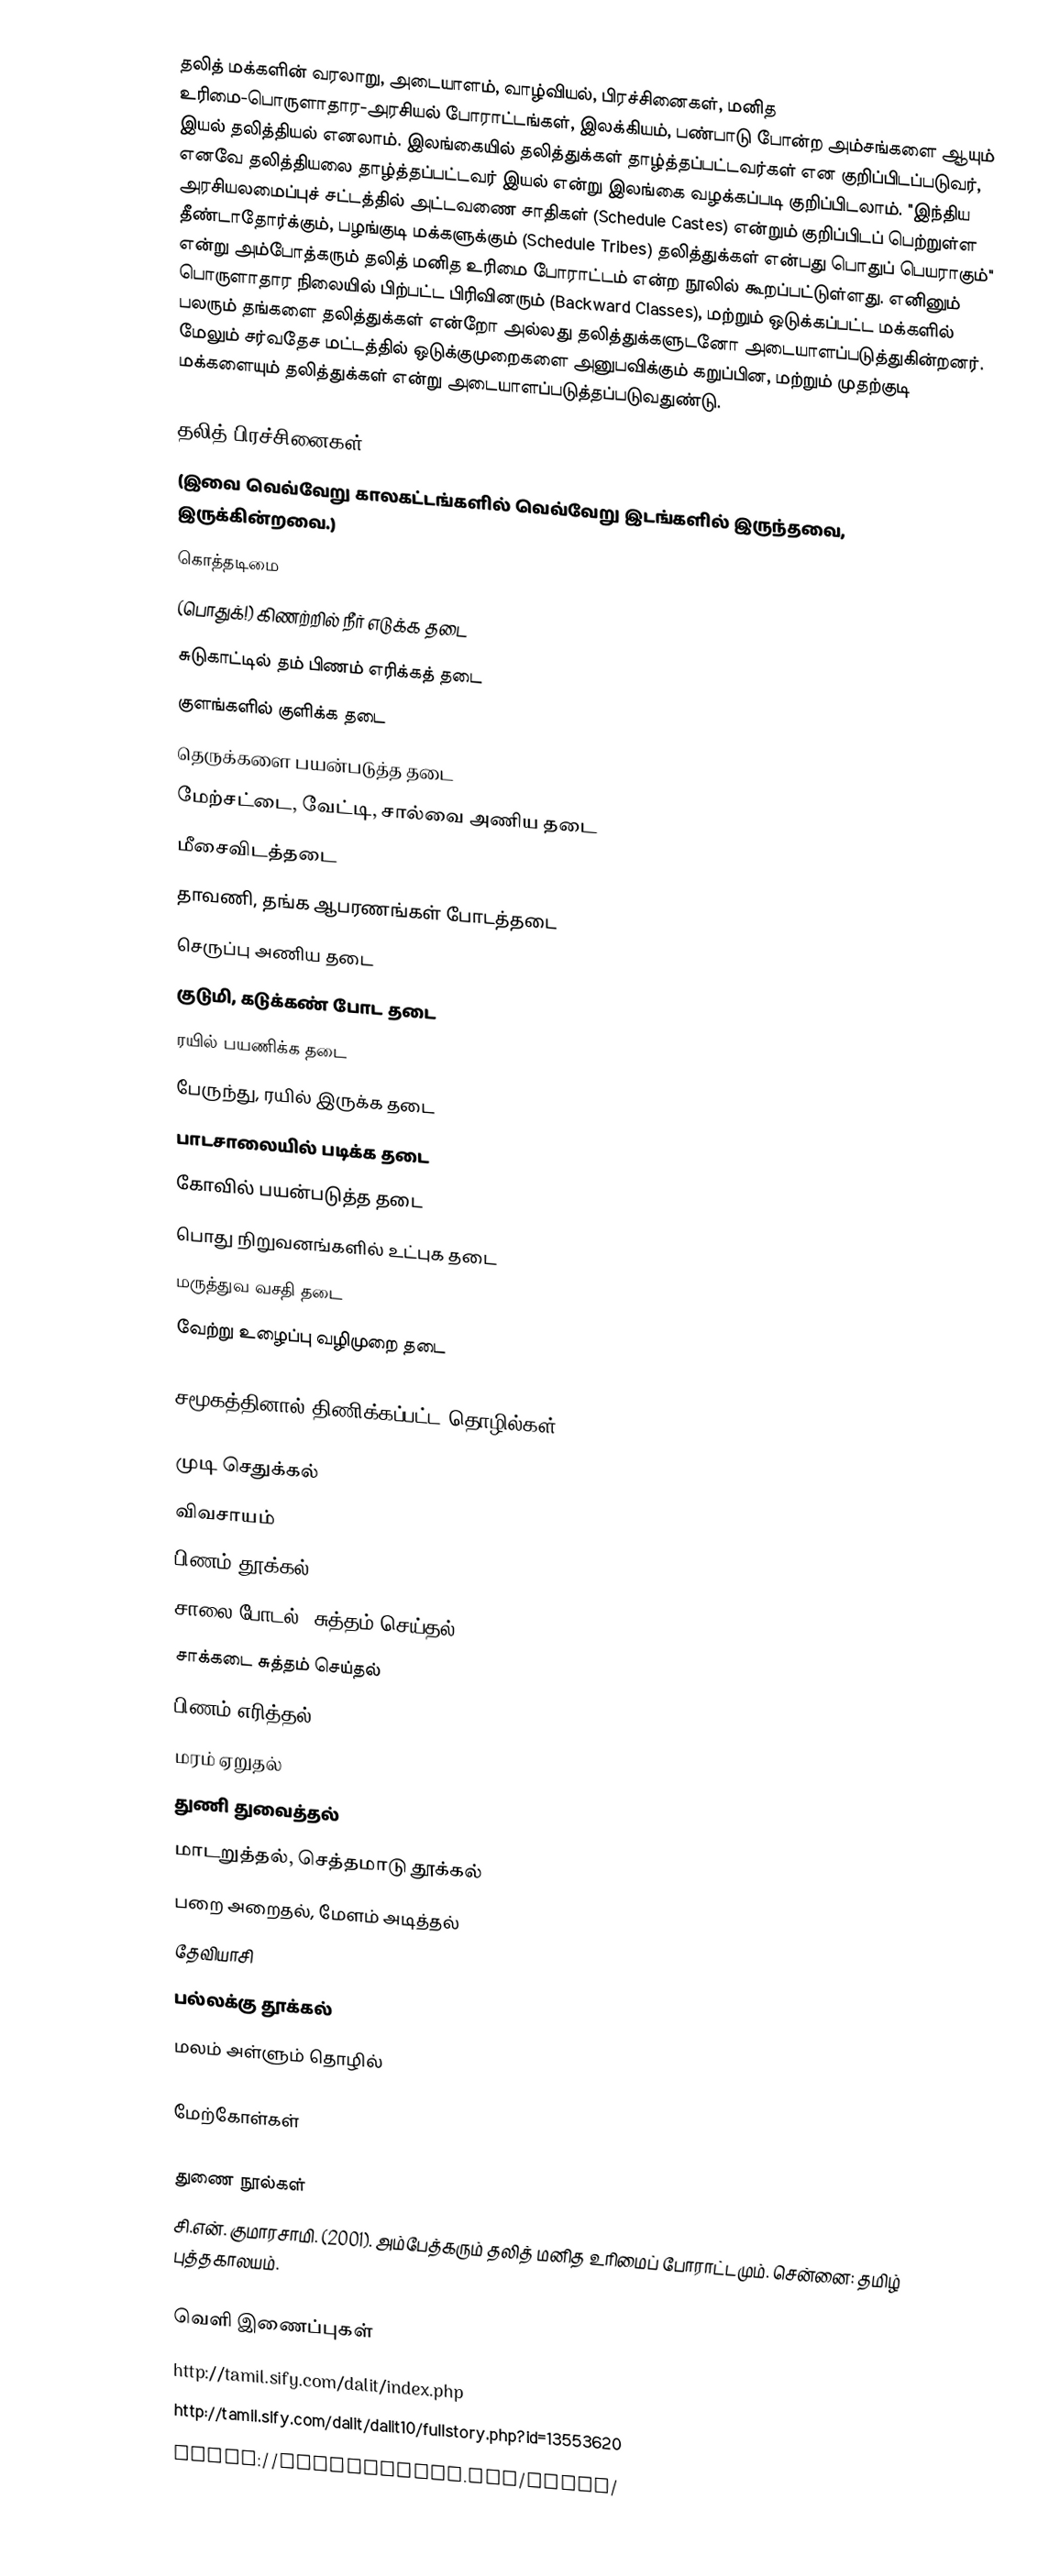
தலித் மக்களின் வரலாறு, அடையாளம், வாழ்வியல், பிரச்சினைகள், மனித உரிமை-பொருளாதார-அரசியல் போராட்டங்கள், இலக்கியம், பண்பாடு போன்ற அம்சங்களை ஆயும் இயல் தலித்தியல் எனலாம்.  இலங்கையில் தலித்துக்கள் தாழ்த்தப்பட்டவர்கள் என குறிப்பிடப்படுவர், எனவே தலித்தியலை தாழ்த்தப்பட்டவர் இயல் என்று இலங்கை வழக்கப்படி குறிப்பிடலாம்.  "இந்திய அரசியலமைப்புச் சட்டத்தில் அட்டவணை சாதிகள் (Schedule Castes) என்றும் குறிப்பிடப் பெற்றுள்ள தீண்டாதோர்க்கும், பழங்குடி மக்களுக்கும் (Schedule Tribes) தலித்துக்கள் என்பது பொதுப் பெயராகும்" என்று அம்போத்கரும் தலித் மனித உரிமை போராட்டம் என்ற நூலில் கூறப்பட்டுள்ளது.  எனினும் பொருளாதார நிலையில் பிற்பட்ட பிரிவினரும் (Backward Classes), மற்றும் ஒடுக்கப்பட்ட மக்களில் பலரும் தங்களை தலித்துக்கள் என்றோ அல்லது தலித்துக்களுடனோ அடையாளப்படுத்துகின்றனர்.  மேலும் சர்வதேச மட்டத்தில் ஒடுக்குமுறைகளை அனுபவிக்கும் கறுப்பின, மற்றும் முதற்குடி மக்களையும் தலித்துக்கள் என்று அடையாளப்படுத்தப்படுவதுண்டு.

தலித் பிரச்சினைகள்
(இவை வெவ்வேறு காலகட்டங்களில் வெவ்வேறு இடங்களில் இருந்தவை, இருக்கின்றவை.)
 கொத்தடிமை
 (பொதுக்!) கிணற்றில் நீர் எடுக்க தடை
 சுடுகாட்டில் தம் பிணம் எரிக்கத் தடை
 குளங்களில் குளிக்க தடை
 தெருக்களை பயன்படுத்த தடை
 மேற்சட்டை, வேட்டி, சால்வை அணிய தடை
 மீசைவிடத்தடை
 தாவணி, தங்க ஆபரணங்கள் போடத்தடை
 செருப்பு அணிய தடை
 குடுமி, கடுக்கண் போட தடை
 ரயில் பயணிக்க தடை
 பேருந்து, ரயில் இருக்க தடை
 பாடசாலையில் படிக்க தடை
 கோவில் பயன்படுத்த தடை
 பொது நிறுவனங்களில் உட்புக தடை
 மருத்துவ வசதி தடை
 வேற்று உழைப்பு வழிமுறை தடை

சமூகத்தினால் திணிக்கப்பட்ட தொழில்கள் ==

 முடி செதுக்கல்
 விவசாயம்
 பிணம் தூக்கல்
 சாலை போடல், சுத்தம் செய்தல்
 சாக்கடை சுத்தம் செய்தல்
 பிணம் எரித்தல்
 மரம் ஏறுதல்
 துணி துவைத்தல்
 மாடறுத்தல், செத்தமாடு தூக்கல்
 பறை அறைதல், மேளம் அடித்தல்
 தேவியாசி
 பல்லக்கு தூக்கல்
 மலம் அள்ளும் தொழில்

மேற்கோள்கள்

துணை நூல்கள்
 சி.என். குமாரசாமி. (2001). அம்பேத்கரும் தலித் மனித உரிமைப் போராட்டமும். சென்னை: தமிழ் புத்தகாலயம்.

வெளி இணைப்புகள்
 http://tamil.sify.com/dalit/index.php
 http://tamil.sify.com/dalit/dalit10/fullstory.php?id=13553620
 https://tamilnation.org/caste/